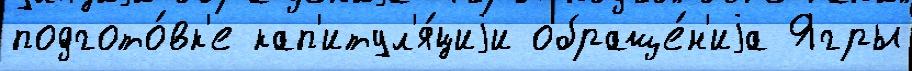
подгото́вк'е кап'итул'я́циjи обраще́н'иjа Ягры